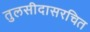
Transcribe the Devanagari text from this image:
तुलसीदासरचित